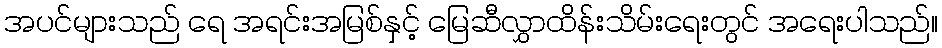
အပင်များသည် ရေ အရင်းအမြစ်နှင့် မြေဆီလွှာထိန်းသိမ်းရေးတွင် အရေးပါသည်။